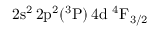
\mathrm { 2 s ^ { 2 } \, 2 p ^ { 2 } ( ^ { 3 } P ) \, 4 d ~ ^ { 4 } F _ { 3 / 2 } }